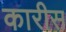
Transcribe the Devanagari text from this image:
कारीस